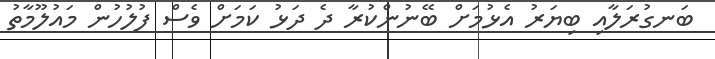
ބަނގުރަލާއި ބިޔަރު އެޅުމަށް ބޭނުންކުރާ ދެ ދަޅު ކަމަށް ވެސް ފުލުހުން މައުލޫމާތު